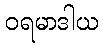
ဝရမာဒါယ